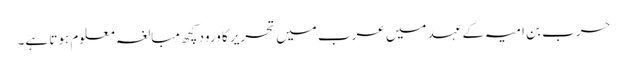
حرب بن امیہ کے عہد میں عرب میں تحریر کا ورود کچھ مبالغہ معلوم ہوتا ہے۔